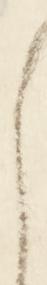
ら